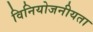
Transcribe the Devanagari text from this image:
विनियोजनीयता